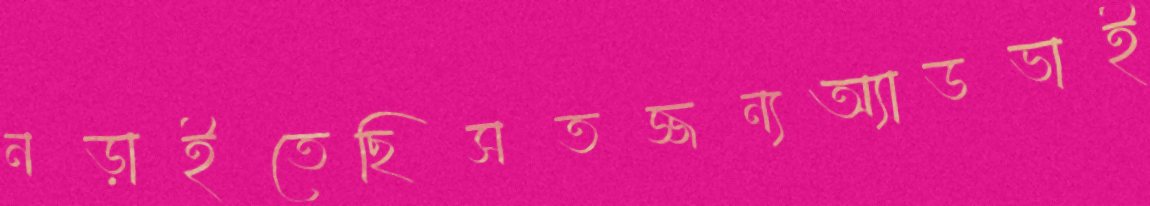
নড়াইতেছিসতজ্জন্যঅ্যাডভাই